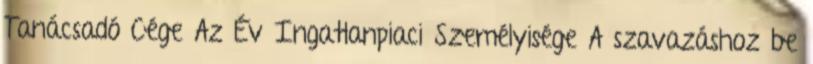
Tanácsadó Cége Az Év Ingatlanpiaci Személyisége A szavazáshoz be